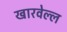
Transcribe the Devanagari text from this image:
खारवेल्ल